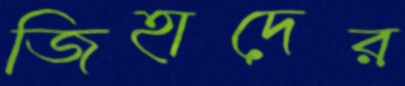
জিহাদের